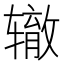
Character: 辙